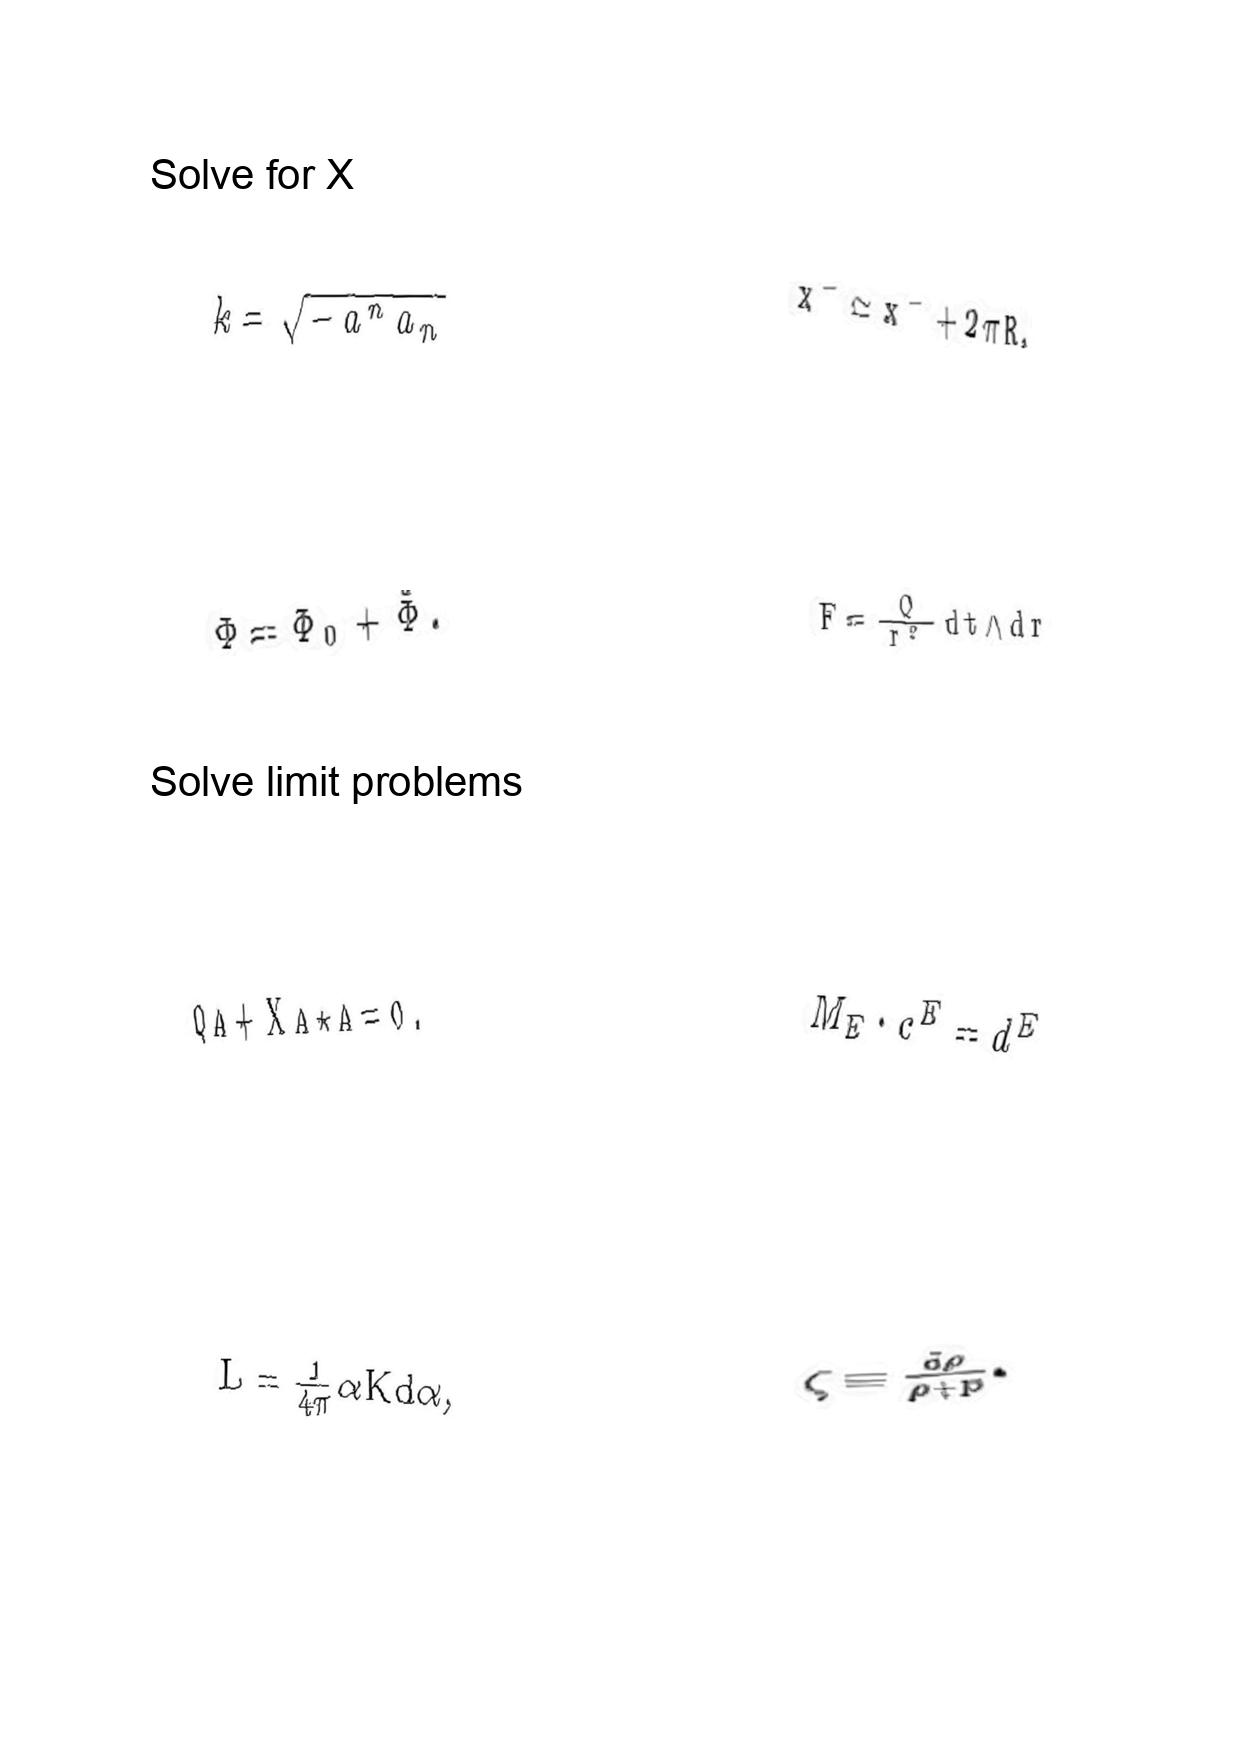
LaTeX transcription:
k = \sqrt { - a ^ { n } a _ { n } }
\Phi = \Phi _ { 0 } + \tilde { \Phi } .
Q A + \mathrm { X } A \star A = 0 .
L = \frac { 1 } { 4 \pi } \alpha K d \alpha ,
x ^ { - } \simeq x ^ { - } + 2 \pi R ,
F = \frac { Q } { r ^ { 2 } } d t \wedge d r
M _ { E } \cdot c ^ { E } = d ^ { E }
\zeta \equiv \frac { \delta \rho } { \rho + p } .